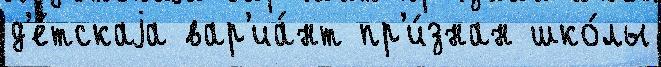
д'е́тскаjа вар'иа́нт пр'и́знан шко́лы